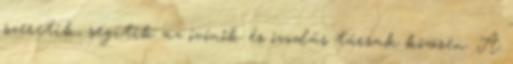
szeretik, segítik az óvónők és óvodás társak közösen. A